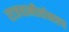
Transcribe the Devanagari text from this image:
राजधानीसोबतच